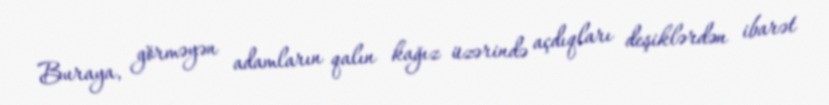
Buraya, görməyən adamların qalın kağız üzərində açdıqları deşiklərdən ibarət